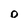
Character: O